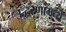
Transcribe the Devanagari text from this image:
उद्धरणांमध्ये